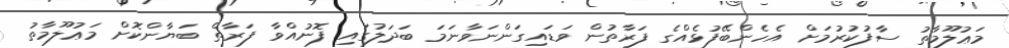
މަޢުލޫމާތު ސާފުކުރުމަށް އެހެންބޭފުޅެއްގެ ފަރާތުން ވަޑައިގަންނަވާނަމަ ބަދަލުގައި ފޮނުއްވާ ފަރާތް ބަޔާންކޮށް މަޢުލޫމާތު